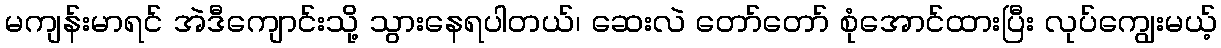
မကျန်းမာရင် အဲဒီကျောင်းသို့ သွားနေရပါတယ်၊ ဆေးလဲ တော်တော် စုံအောင်ထားပြီး လုပ်ကျွေးမယ့်